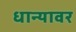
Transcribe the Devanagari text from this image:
धान्यावर